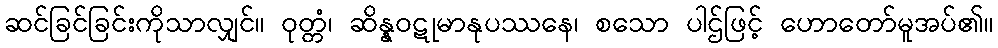
ဆင်ခြင်ခြင်းကိုသာလျှင်။ ဝုတ္တံ၊ ဆိန္နဝဋုမာနုပဿနေ၊ စသော ပါဌ်ဖြင့် ဟောတော်မူအပ်၏။